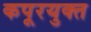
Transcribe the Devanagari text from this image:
कपूरयुक्त